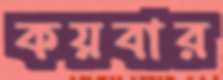
কয়বার